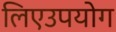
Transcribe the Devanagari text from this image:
लिएउपयोग